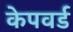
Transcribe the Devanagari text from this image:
केपवर्ड